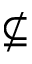
\nsubseteq